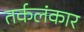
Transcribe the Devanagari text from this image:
तर्कलंकार